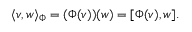
\langle v , w \rangle _ { \Phi } = ( \Phi ( v ) ) ( w ) = [ \Phi ( v ) , w ] .